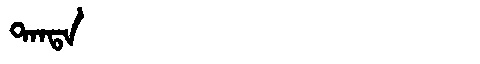
Manchu: ᡨᠠᠨᡨᠠ
Romanization: TANTA